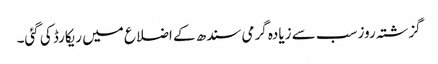
گزشتہ روز سب سے زیادہ گرمی سندھ کے اضلاع میں ریکارڈ کی گئی۔